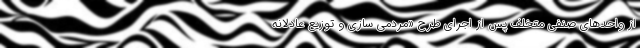
از واحد‌های صنفی متخلف پس از اجرای طرح «مردمی سازی و توزیع عادلانه